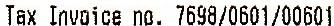
TAX INVOICE NO. 7698/0601/00601